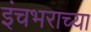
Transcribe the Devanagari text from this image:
इंचभराच्या